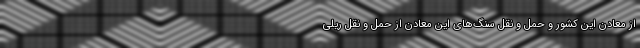
از معادن این کشور و حمل و نقل سنگ‌های این معادن از حمل و نقل ریلی